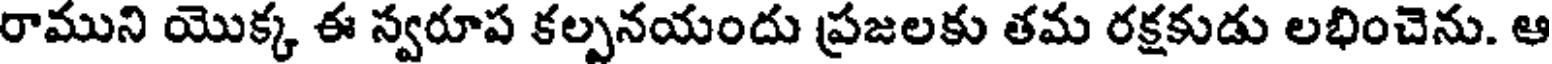
రాముని యొక్క ఈ స్వరూప కల్పనయందు ప్రజలకు తమ రక్షకుడు లభించెను. ఆ